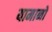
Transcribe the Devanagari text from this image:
यामानो